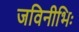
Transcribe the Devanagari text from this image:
जविनीभिः